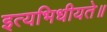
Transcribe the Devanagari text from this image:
इत्यभिधीयते॥